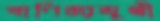
বাণিজ্যমুখী